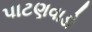
પાટણવાડો